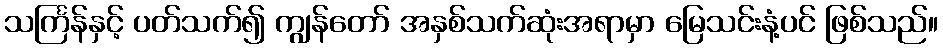
သင်္ကြန်နှင့် ပတ်သက်၍ ကျွန်တော် အနှစ်သက်ဆုံးအရာမှာ မြေသင်းနံ့ပင် ဖြစ်သည်။